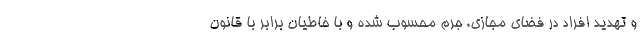
و تهدید افراد در فضای مجازی، جرم محسوب شده و با خاطیان برابر با قانون